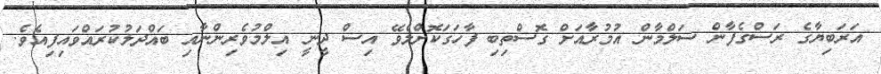
އަރަބިޔާގެ ރަސްގެފާން ސަލްމާން އުމުރާއަށް ގޮސްތިބި ފާހަގަކޮށްލެވޭ އިސް ދީނީ އިލްމުވެރިންނާއި ބައްދަލުކުރައްވައިފިއެވެ.